Report of the King Institute of Preventive Medicine, Guindy
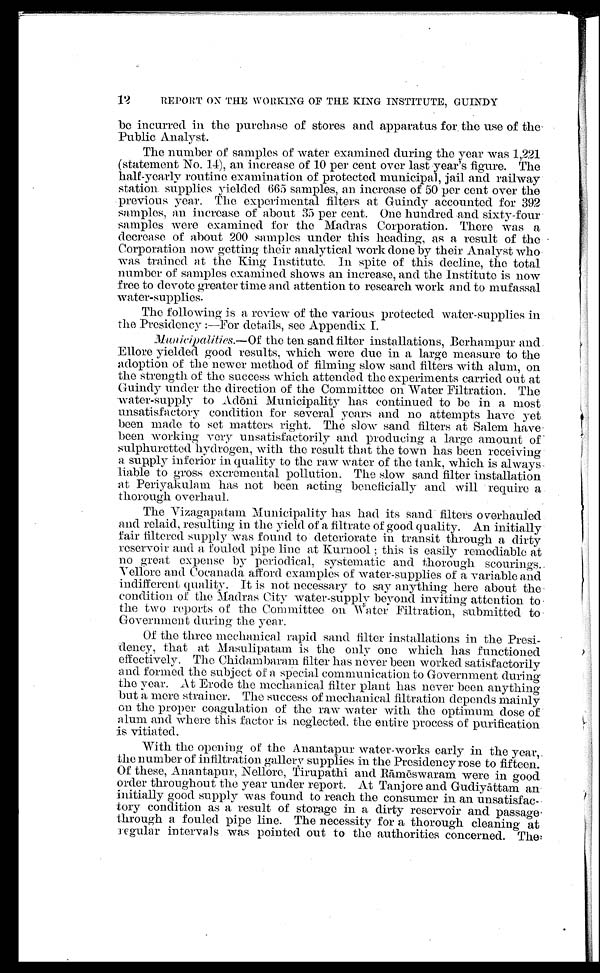
REPORT ON THE WORKING OF THE KING INSTITUTE, GUINDY
be incurred in the purchase of stores and apparatus for the use of the
Public Analyst.
The number of samples of water examined during the year was 1,221
(statement No. 14), an increase of 10 per cent over last year's figure. The
half-yearly routine examination of protected municipal, jail and railway
station supplies yielded 665 samples, an increase of 50 per cent over the
previous year. The experimental filters at Guindy accounted for 392
samples, an increase of about 35 per cent. One hundred and sixty-four
samples were examined for the Madras Corporation. There was a
decrease of about 200 samples under this heading, as a result of the
Corporation now getting their analytical work done by their Analyst who
was trained at the King Institute. In spite of this decline, the total
number of samples examined shows an increase, and the institute is now
free to devote greater time and attention to research work and to mufassal
water-supplies.
The following is a review of the various protected water-supplies in
the Presidency:—For details, see Appendix I.
Municipalities .—Of
the ten sand filter installations, Berhampur and
Ellore yielded good results, which were due in a large measure to the
adoption of the newer method of filming slow sand filters with alum, on
the strength of the success which attended the experiments carried out at
Guindy under the direction of the Committee on Water Filtration. The
Water-supply to Ad ō ni Municipality has continued to be in a most
unsatisfactory condition for several years and no attempts have yet
been made to set matters right. The slow sand filters at Salem have
been working very unsatisfactorily and producing a large amount of
sulphuretted hydrogen, with the result that the town has been receiving
a supply inferior in quality to the raw water of the tank, which is always
liable to gross excremental pollution. The slow sand filter installation
at Periyakulam has not been acting beneficially and will require a
thorough overhaul.
The Vizagapatam Municipality has had its sand filters overhauled
and relaid, resulting in the yield of a filtrate of good quality. An initially
fair filtered supply was found to deteriorate in transit through a dirty
reservoir and a fouled pipe line at Kurnool; this is easily remediable at
no great expense by periodical, systematic and thorough scourings.
Vellore and Cocanada afford examples of water-supplies of a variable and
indifferent quality. It is not necessary to say anything here about the
condition of the Madras City water-supply beyond inviting attention to
the two reports of the Committee on Water Filtration, submitted to
Government during the year.
Of the three mechanical rapid sand filter installations in the Presi
-dency, that at Masulipatam is the only one which has functioned
effectively. The Chidambaram filter has never been worked satisfactorily
and formed the subject of a special communication to Government during
the year. At Erode the mechanical filter plant has never been anything
but a mere strainer. The success of mechanical filtration depends mainly
on the proper coagulation of the raw water with the optimum dose of
alum and where this factor is neglected, the entire process of purification
is vitiated.
With the opening of the Anantapur water-works early in the year,
the number of infiltration gallery supplies in the Presidency rose to fifteen.
Of these, Anantapur, Nellore, Tirupathi and R ā mē swaram were in good
order throughout the year under report. At Tanjore and Gudiy ā ttam an
initially good supply was found to reach the consumer in an unsatisfac-
tory condition as a result of storage in a dirty reservoir and passage
through a fouled pipe line. The necessity for a thorough cleaning at
regular intervals was pointed out to the authorities concerned. The